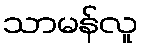
သာမန်လူ